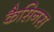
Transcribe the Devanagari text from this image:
कैसिनस